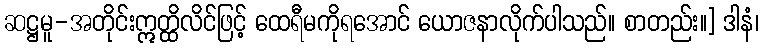
ဆဋ္ဌမူ-အတိုင်းဣတ္ထိလိင်ဖြင့် ထေရီမကိုရအောင် ယောဇနာလိုက်ပါသည်။ စာတည်း။] ဒါနံ၊